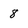
Character: 8